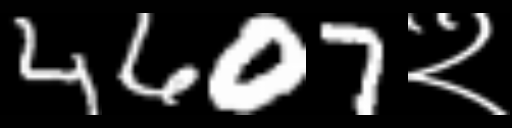
Text: 4607२